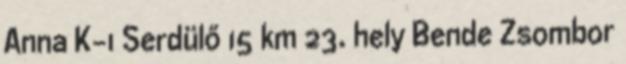
Anna K-1 Serdülő 15 km 23. hely Bende Zsombor